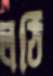
লঠি